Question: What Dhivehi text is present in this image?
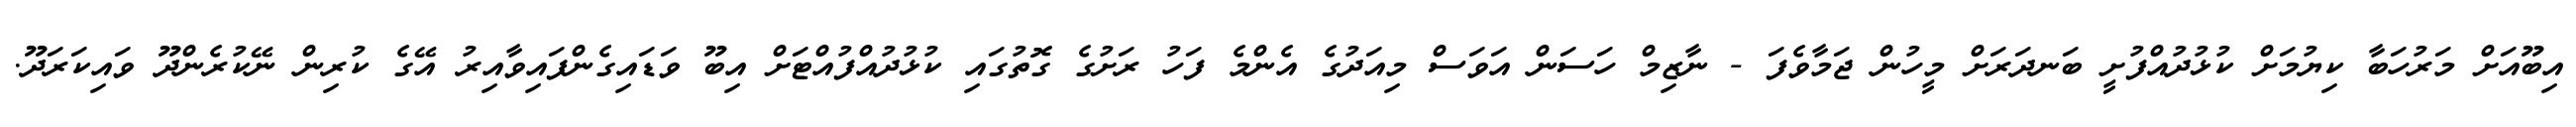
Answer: އިބޫއަށް މަރުހަބާ ކިޔުމަށް ކުޅުދުއްފުށީ ބަނދަރަށް މީހުން ޖަމާވެފަ - ނާޒިމް ހަސަން އަވަސް މިއަދުގެ އެންމެ ފަހު ރަށުގެ ގޮތުގައި ކުޅުދުއްފުއްޓަށް އިބޫ ވަޑައިގެންފައިވާއިރު އޭގެ ކުރިން ނޭކުރެންދޫ ވައިކަރަދޫ.